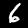
Label: 6